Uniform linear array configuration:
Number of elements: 4
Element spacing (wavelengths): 0.5
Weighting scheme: cosine
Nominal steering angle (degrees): -45
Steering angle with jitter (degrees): -44.962
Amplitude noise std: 0.05
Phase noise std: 0.05

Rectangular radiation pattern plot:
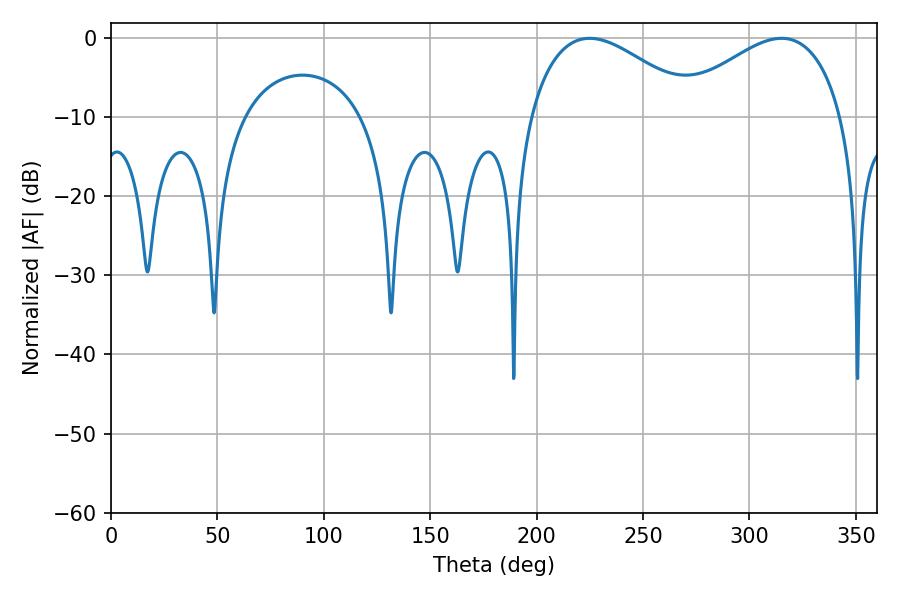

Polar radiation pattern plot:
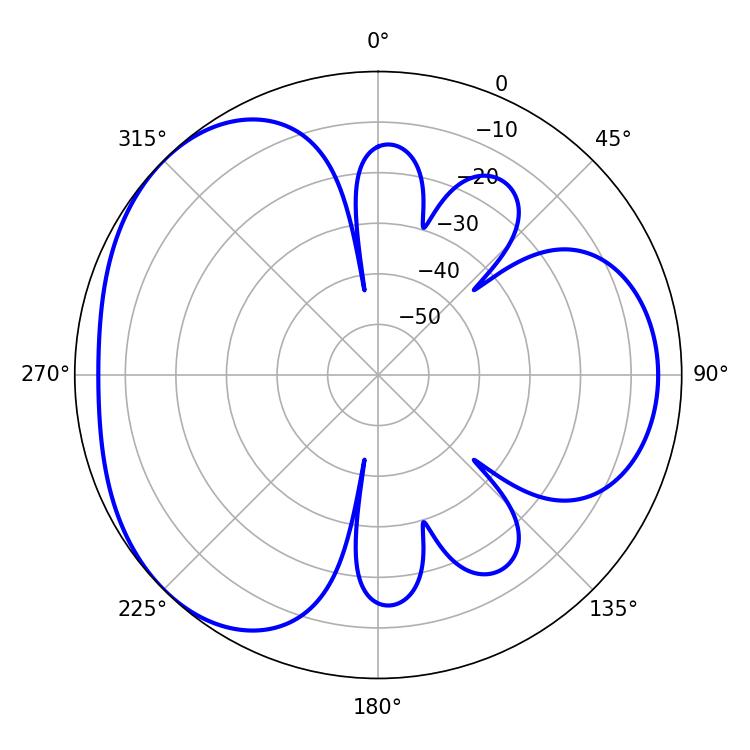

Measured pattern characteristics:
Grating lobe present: FALSE
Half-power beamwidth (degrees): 43.56
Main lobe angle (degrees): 225